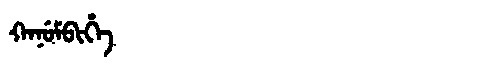
Manchu: ᡴᠠᠨᡠᠮᠪᡳᡥᡝ
Romanization: KANUMBIHE